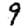
Digit: 9